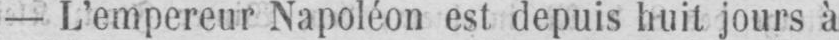
- L’empereur Napoléon est depuis huit jours à